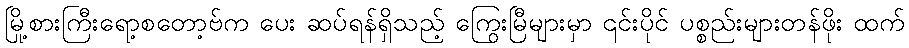
မြို့စားကြီးရော့စတော့ဗ်က ပေး ဆပ်ရန်ရှိသည့် ကြွေးမြီများမှာ ၎င်းပိုင် ပစ္စည်းများတန်ဖိုး ထက်